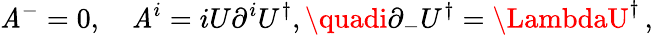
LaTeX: \mathit{A}^{-}=0,\quad\mathit{A}^{i}=iU\partial^{i}U^{\dagger},\quadi\partial_{-}U^{\dagger}=\LambdaU^{\dagger}\, ,